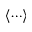
\left< \cdots \right>